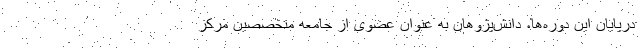
درپایان این دوره‌ها، دانش‌پژوهان به عنوان عضوی از جامعه متخصصین مرکز